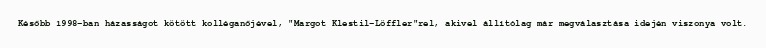
Később 1998-ban házasságot kötött kolléganőjével, "Margot Klestil-Löffler"rel, akivel állítólag már megválasztása idején viszonya volt.